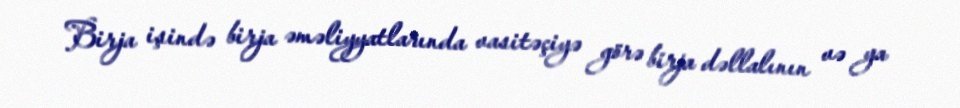
Birja işində birja əməliyyatlarında vasitəçiyə görə birja dəllalının və ya